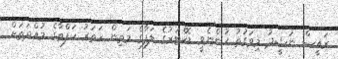
ރައީސް ނަޝީދު މިވަގުތު ހުންނެވީ ޑޮކްޓަރުގެ ލަފާގެ މަތިން ހަތަރު ހަފްތާގެ މުއްދަތަށް